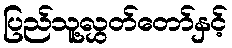
ပြည်သူ့လွှတ်တော်နှင့်